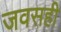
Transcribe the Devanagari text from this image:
जवसही